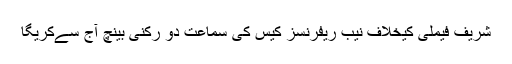
شریف فیملی کیخلاف نیب ریفرنسز کیس کی سماعت دو رکنی بینچ آج سےکریگا